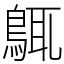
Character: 䳖